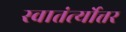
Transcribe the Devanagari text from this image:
स्वातंर्त्योत्तर